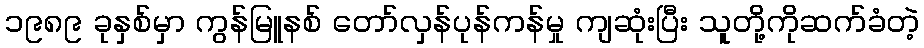
၁၉၈၉ ခုနှစ်မှာ ကွန်မြူနစ် တော်လှန်ပုန်ကန်မှု ကျဆုံးပြီး သူတို့ကိုဆက်ခံတဲ့